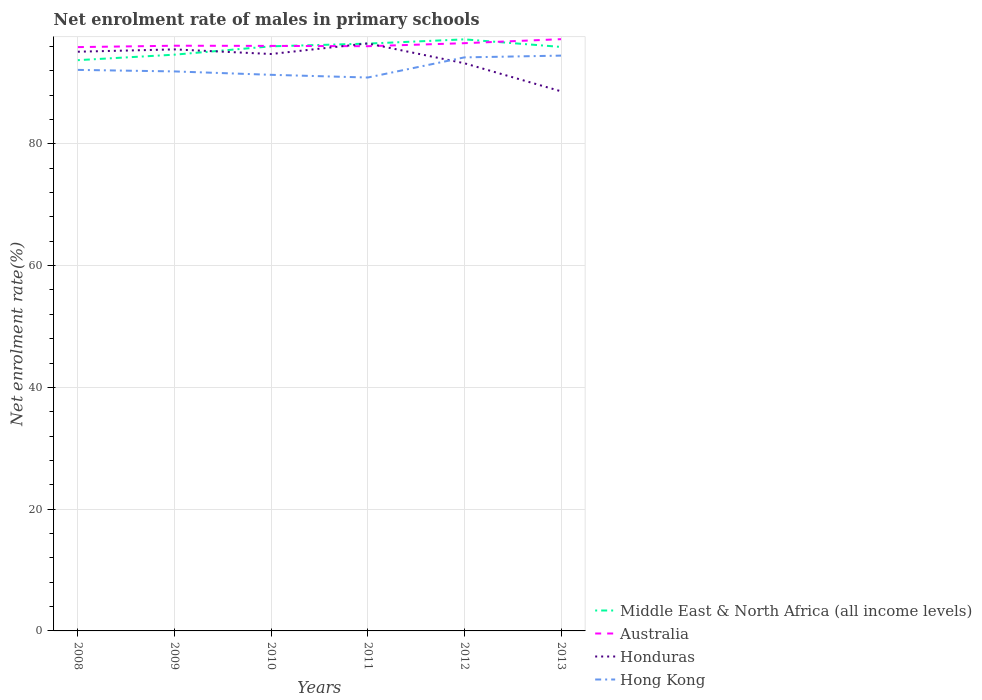
| Years | Middle East & North Africa (all income levels) | Australia | Honduras | Hong Kong |
 | --- | --- | --- | --- | --- |
 | 2008 | 93.7 | 95.9 | 95.1 | 92.1 |
 | 2009 | 94.6 | 96.1 | 95.5 | 91.9 |
 | 2010 | 96 | 96.1 | 94.8 | 91.3 |
 | 2011 | 96.5 | 96 | 96.5 | 90.9 |
 | 2012 | 97.2 | 96.5 | 93.2 | 94.2 |
 | 2013 | 95.9 | 97.2 | 88.6 | 94.5 |